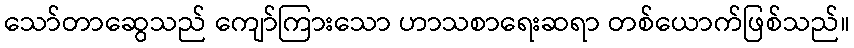
သော်တာဆွေသည် ကျော်ကြားသော ဟာသစာရေးဆရာ တစ်ယောက်ဖြစ်သည်။